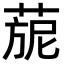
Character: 𦴪